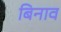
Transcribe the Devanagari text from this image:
बिनाव